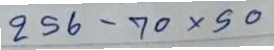
256 - 70x50